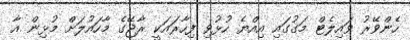
ހެންވޭރު ވައިލެޓް މަގުގައި އިއްޔެ ހުޅުވި ފިހާރައަކީ ރާޖޭގެ މާހައުލަށް މުޅިން އާ